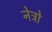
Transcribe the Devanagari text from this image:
नेत्रो